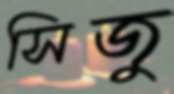
সিজু